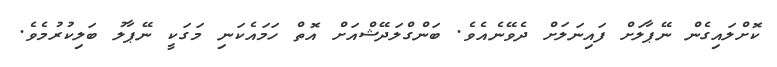
ކޮށްލައިގެން ނޭޕާލަށް ފައިނަލަށް ދެވޭނެއެވެ. ބަންގްލަދޭޝްއަށް އޮތް ހަމައެކަނި މަގަކީ ނޭޕާލު ބަލިކުރުމެވެ.